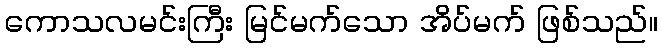
ကောသလမင်းကြီး မြင်မက်သော အိပ်မက် ဖြစ်သည်။